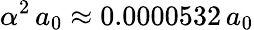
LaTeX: \alpha^{2}\, a_{0}\approx 0.0000532\, a_{0}